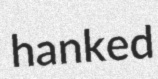
hanked